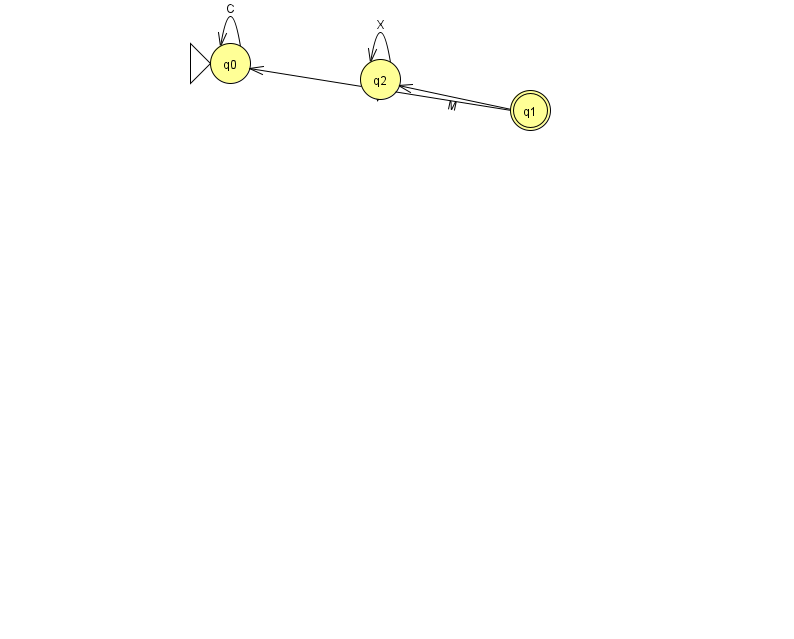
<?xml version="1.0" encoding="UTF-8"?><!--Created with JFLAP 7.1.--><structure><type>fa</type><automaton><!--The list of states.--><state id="0" name="q0"><x>230.0</x><y>50.0</y><initial/></state><state id="1" name="q1"><x>530.0</x><y>97.0</y><final/></state><state id="2" name="q2"><x>380.0</x><y>66.0</y></state><!--The list of transitions.--><transition><from>0</from><to>0</to><read>C</read></transition><transition><from>1</from><to>2</to><read>M</read></transition><transition><from>1</from><to>0</to><read>V</read></transition><transition><from>2</from><to>2</to><read>X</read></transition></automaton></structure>